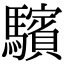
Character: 驞